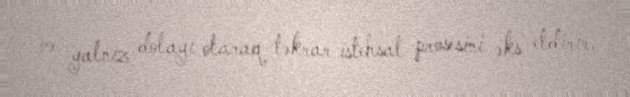
və yalnız dolayı olaraq təkrar istehsal prosesini əks etdirir.